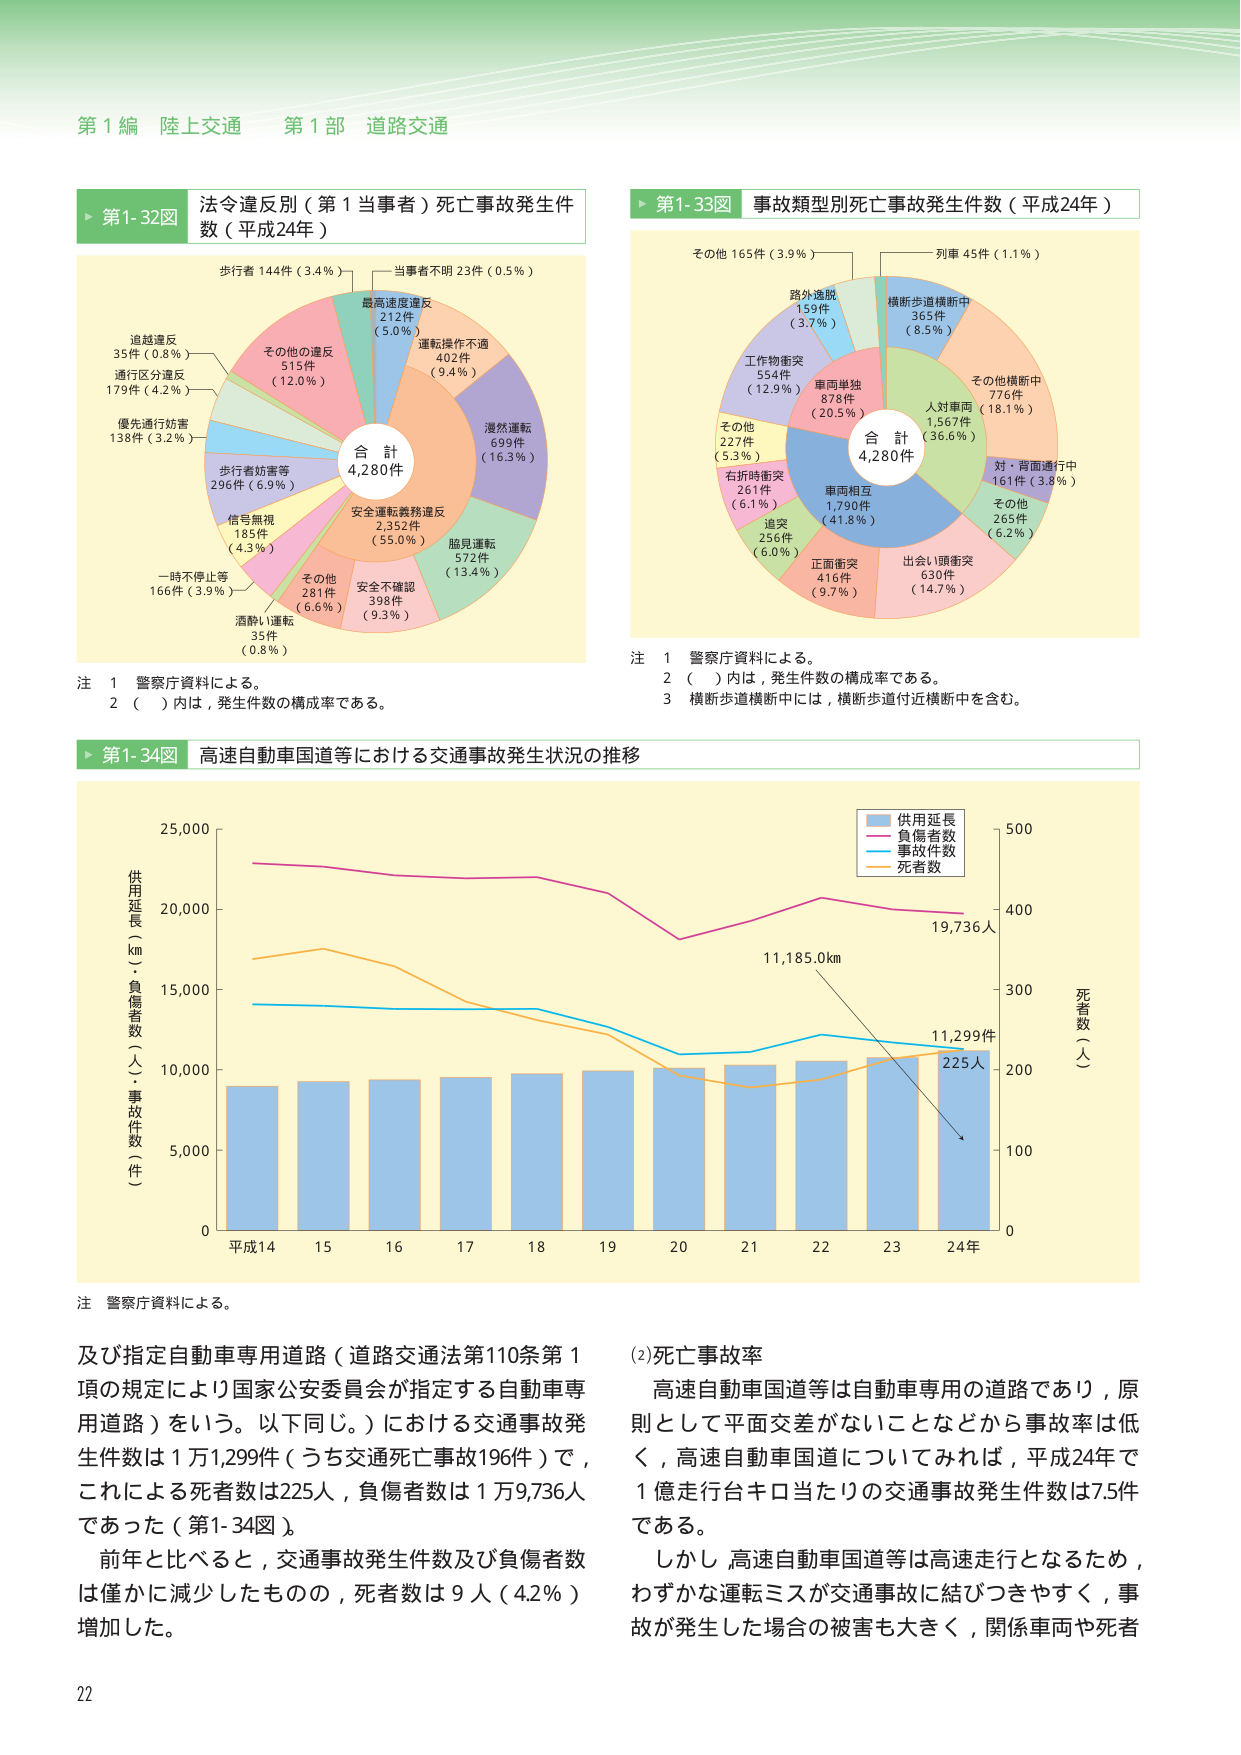
第１編 陸上交通 第１部 道路交通

▶ 第1-32図 法令違反別（第1当事者）死亡事故発生件数（平成24年）
歩行者 144件（3.4％）
当事者不明 23件（0.5％）
最高速度違反 212件（5.0％）
運転操作不適 402件（9.4％）
漫然運転 699件（16.3％）
安全運転義務違反 2,352件（55.0％）
脇見運転 572件（13.4％）
安全不確認 398件（9.3％）
その他 281件（6.6％）
酒酔い運転 35件（0.8％）
一時不停止等 166件（3.9％）
信号無視 185件（4.3％）
歩行者妨害等 296件（6.9％）
優先通行妨害 138件（3.2％）
通行区分違反 179件（4.2％）
追越違反 35件（0.8％）
その他違反 515件（12.0％）
合計 4,280件

注 1 警察庁資料による。
2 （ ）内は、発生件数の構成率である。

▶ 第1-33図 事故類型別死亡事故発生件数（平成24年）
列車 45件（1.1％）
横断歩道横断中 365件（8.5％）
その他横断中 776件（18.1％）
人対車両 1,567件（36.6％）
対・背面通行中 161件（3.8％）
その他 265件（6.2％）
出会い頭衝突 630件（14.7％）
正面衝突 416件（9.7％）
追突 256件（6.0％）
車両相互 1,790件（41.8％）
右折時衝突 261件（6.1％）
その他 227件（5.3％）
工作物衝突 554件（12.9％）
車両単独 878件（20.5％）
路外逸脱 159件（3.7％）
その他 165件（3.9％）
合計 4,280件

注 1 警察庁資料による。
2 （ ）内は、発生件数の構成率である。
3 横断歩道横断中には、横断歩道付近横断中を含む。

▶ 第1-34図 高速自動車国道等における交通事故発生状況の推移
供用延長（km）・負傷者数（人）・事故件数（件）
平成14 15 16 17 18 19 20 21 22 23 24年
0 5,000 10,000 15,000 20,000 25,000
死者数（人）
0 100 200 300 400 500
供用延長 負傷者数 事故件数 死者数
11,185.0km 19,736人 11,299件 225人

注 警察庁資料による。

及び指定自動車専用道路（道路交通法第110条第1項の規定により国家公安委員会が指定する自動車専用道路）をいう。以下同じ。）における交通事故発生件数は1万1,299件（うち交通死亡事故196件）で、これによる死者数は225人、負傷者数は1万9,736人であった（第1-34図）。
前年と比べると、交通事故発生件数及び負傷者数は僅かに減少したものの、死者数は9人（4.2％）増加した。

(2)死亡事故率
高速自動車国道等は自動車専用の道路であり、原則として平面交差がないことなどから事故率は低く、高速自動車国道についてみれば、平成24年で1億走行台キロ当たりの交通事故発生件数は7.5件である。
しかし、高速自動車国道等は高速走行となるため、わずかな運転ミスが交通事故に結びつきやすく、事故が発生した場合の被害も大きく、関係車両や死者

22